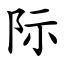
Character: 际